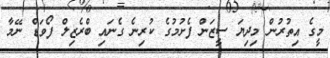
މީގެ އިތުރުން މިދިޔަ ސީޒަން ފެށުމުގެ ކުރިނެ ގެނައި ބްރެޒިލް ފޯވަޑް ނޭމާ